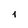
Character: 4